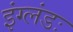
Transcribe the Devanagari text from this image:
इंग्लंडः